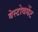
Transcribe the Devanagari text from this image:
बेस्टोवमेंट